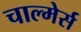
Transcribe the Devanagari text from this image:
चाल्मेर्स